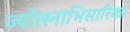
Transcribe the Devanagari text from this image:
ज्योत्स्नाभिसारिका